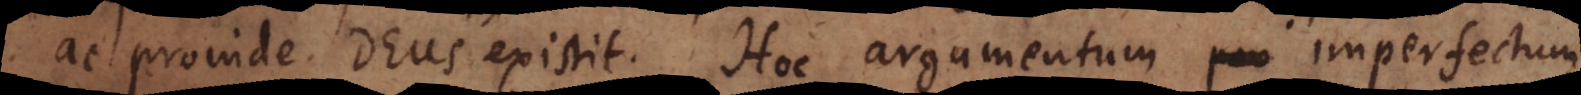
ac proinde Deus existit. Hoc argumentum pro imperfectum